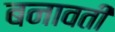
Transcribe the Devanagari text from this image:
बनावती